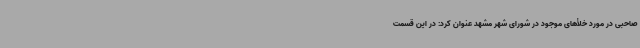
صاحبی در مورد خلأهای موجود در شورای شهر مشهد عنوان کرد: در این قسمت